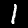
Digit: 1